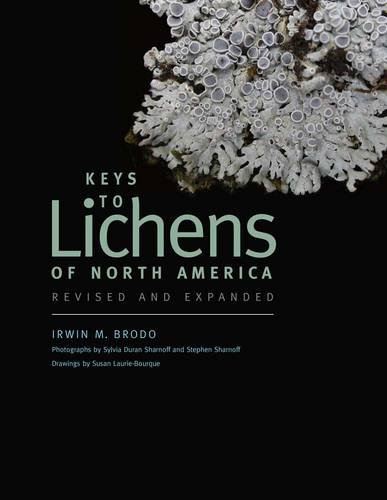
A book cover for Keys to Lichens of North America: Revised and Expanded; Irwin M. Brodo; Science & Math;